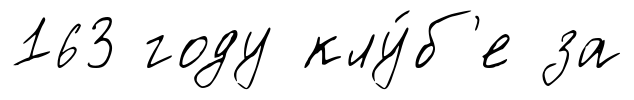
163 году клу́б'е за